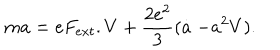
LaTeX: m a = e F _ { e x t } . V + \frac { 2 e ^ { 2 } } { 3 } ( \stackrel { . } { a } - a ^ { 2 } V ) .